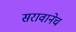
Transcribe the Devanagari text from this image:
सरावानेच